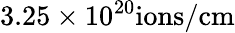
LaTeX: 3.25\times 10^{20}\mathrm{ions/cm}